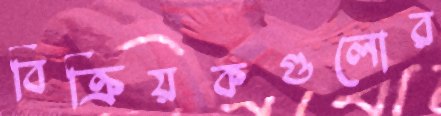
বিক্রিয়কগুলোর